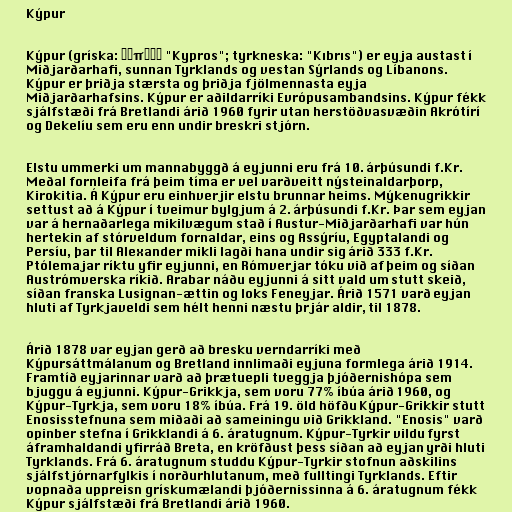
Kýpur

Kýpur (gríska: Κύπρος "Kypros"; tyrkneska: "Kıbrıs") er eyja austast í
Miðjarðarhafi, sunnan Tyrklands og vestan Sýrlands og Líbanons.
Kýpur er þriðja stærsta og þriðja fjölmennasta eyja
Miðjarðarhafsins. Kýpur er aðildarríki Evrópusambandsins. Kýpur fékk
sjálfstæði frá Bretlandi árið 1960 fyrir utan herstöðvasvæðin Akrótírí
og Dekelíu sem eru enn undir breskri stjórn.

Elstu ummerki um mannabyggð á eyjunni eru frá 10. árþúsundi f.Kr.
Meðal fornleifa frá þeim tíma er vel varðveitt nýsteinaldarþorp,
Kirokitia. Á Kýpur eru einhverjir elstu brunnar heims. Mýkenugrikkir
settust að á Kýpur í tveimur bylgjum á 2. árþúsundi f.Kr. Þar sem eyjan
var á hernaðarlega mikilvægum stað í Austur-Miðjarðarhafi var hún
hertekin af stórveldum fornaldar, eins og Assýríu, Egyptalandi og
Persíu, þar til Alexander mikli lagði hana undir sig árið 333 f.Kr.
Ptólemajar ríktu yfir eyjunni, en Rómverjar tóku við af þeim og síðan
Austrómverska ríkið. Arabar náðu eyjunni á sitt vald um stutt skeið,
síðan franska Lusignan-ættin og loks Feneyjar. Árið 1571 varð eyjan
hluti af Tyrkjaveldi sem hélt henni næstu þrjár aldir, til 1878.

Árið 1878 var eyjan gerð að bresku verndarríki með
Kýpursáttmálanum og Bretland innlimaði eyjuna formlega árið 1914.
Framtíð eyjarinnar varð að þrætuepli tveggja þjóðernishópa sem
bjuggu á eyjunni. Kýpur-Grikkja, sem voru 77% íbúa árið 1960, og
Kýpur-Tyrkja, sem voru 18% íbúa. Frá 19. öld höfðu Kýpur-Grikkir stutt
Enosisstefnuna sem miðaði að sameiningu við Grikkland. "Enosis" varð
opinber stefna í Grikklandi á 6. áratugnum. Kýpur-Tyrkir vildu fyrst
áframhaldandi yfirráð Breta, en kröfðust þess síðan að eyjan yrði hluti
Tyrklands. Frá 6. áratugnum studdu Kýpur-Tyrkir stofnun aðskilins
sjálfstjórnarfylkis í norðurhlutanum, með fulltingi Tyrklands. Eftir
vopnaða uppreisn grískumælandi þjóðernissinna á 6. áratugnum fékk
Kýpur sjálfstæði frá Bretlandi árið 1960.